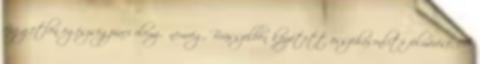
független egészségpiaci elemző nemrég, Brüsszelben közzétett összehasonlító felmérése. A